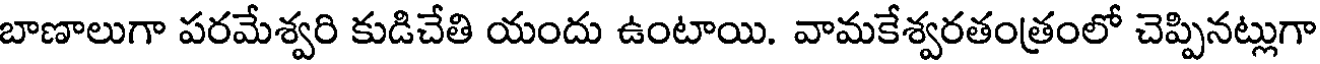
బాణాలుగా పరమేశ్వరి కుడిచేతి యందు ఉంటాయి. వామకేశ్వరతంత్రంలో చెప్పినట్లుగా